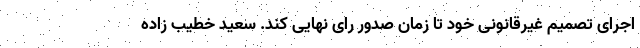
اجرای تصمیم غیرقانونی خود تا زمان صدور رای نهایی کند. سعید خطیب زاده